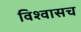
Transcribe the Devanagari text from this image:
विश्वासच